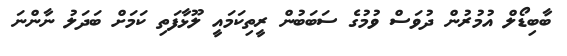
ބާބިޑޯލް އުމުރުން ދުވަސް ވުމުގެ ސަބަބުން ރީތިކަމައީ ލޫޅާފަތި ކަމަށް ބަދަލު ނާންނަ